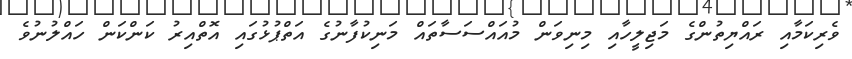
ވެރިކަމާއި ރައްޔިތުންގެ މަޖިލީހާއި މިނިވަން މުއައްސަސާތައް މަނިކުފާނުގެ އަތްޕުޅުގައި އޮތްއިރު ކަންކަން ހައްލުނުވެ